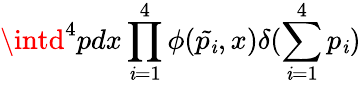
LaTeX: \intd^{4}pdx\prod_{\mathit{i}=1}^{4}\phi(\tilde{{p_{\mathit{i}}}},x)\delta(\sum_{\mathit{i}=1}^{4}p_{\mathit{i}})